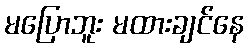
မပြောဘူး မထားချင်နေ